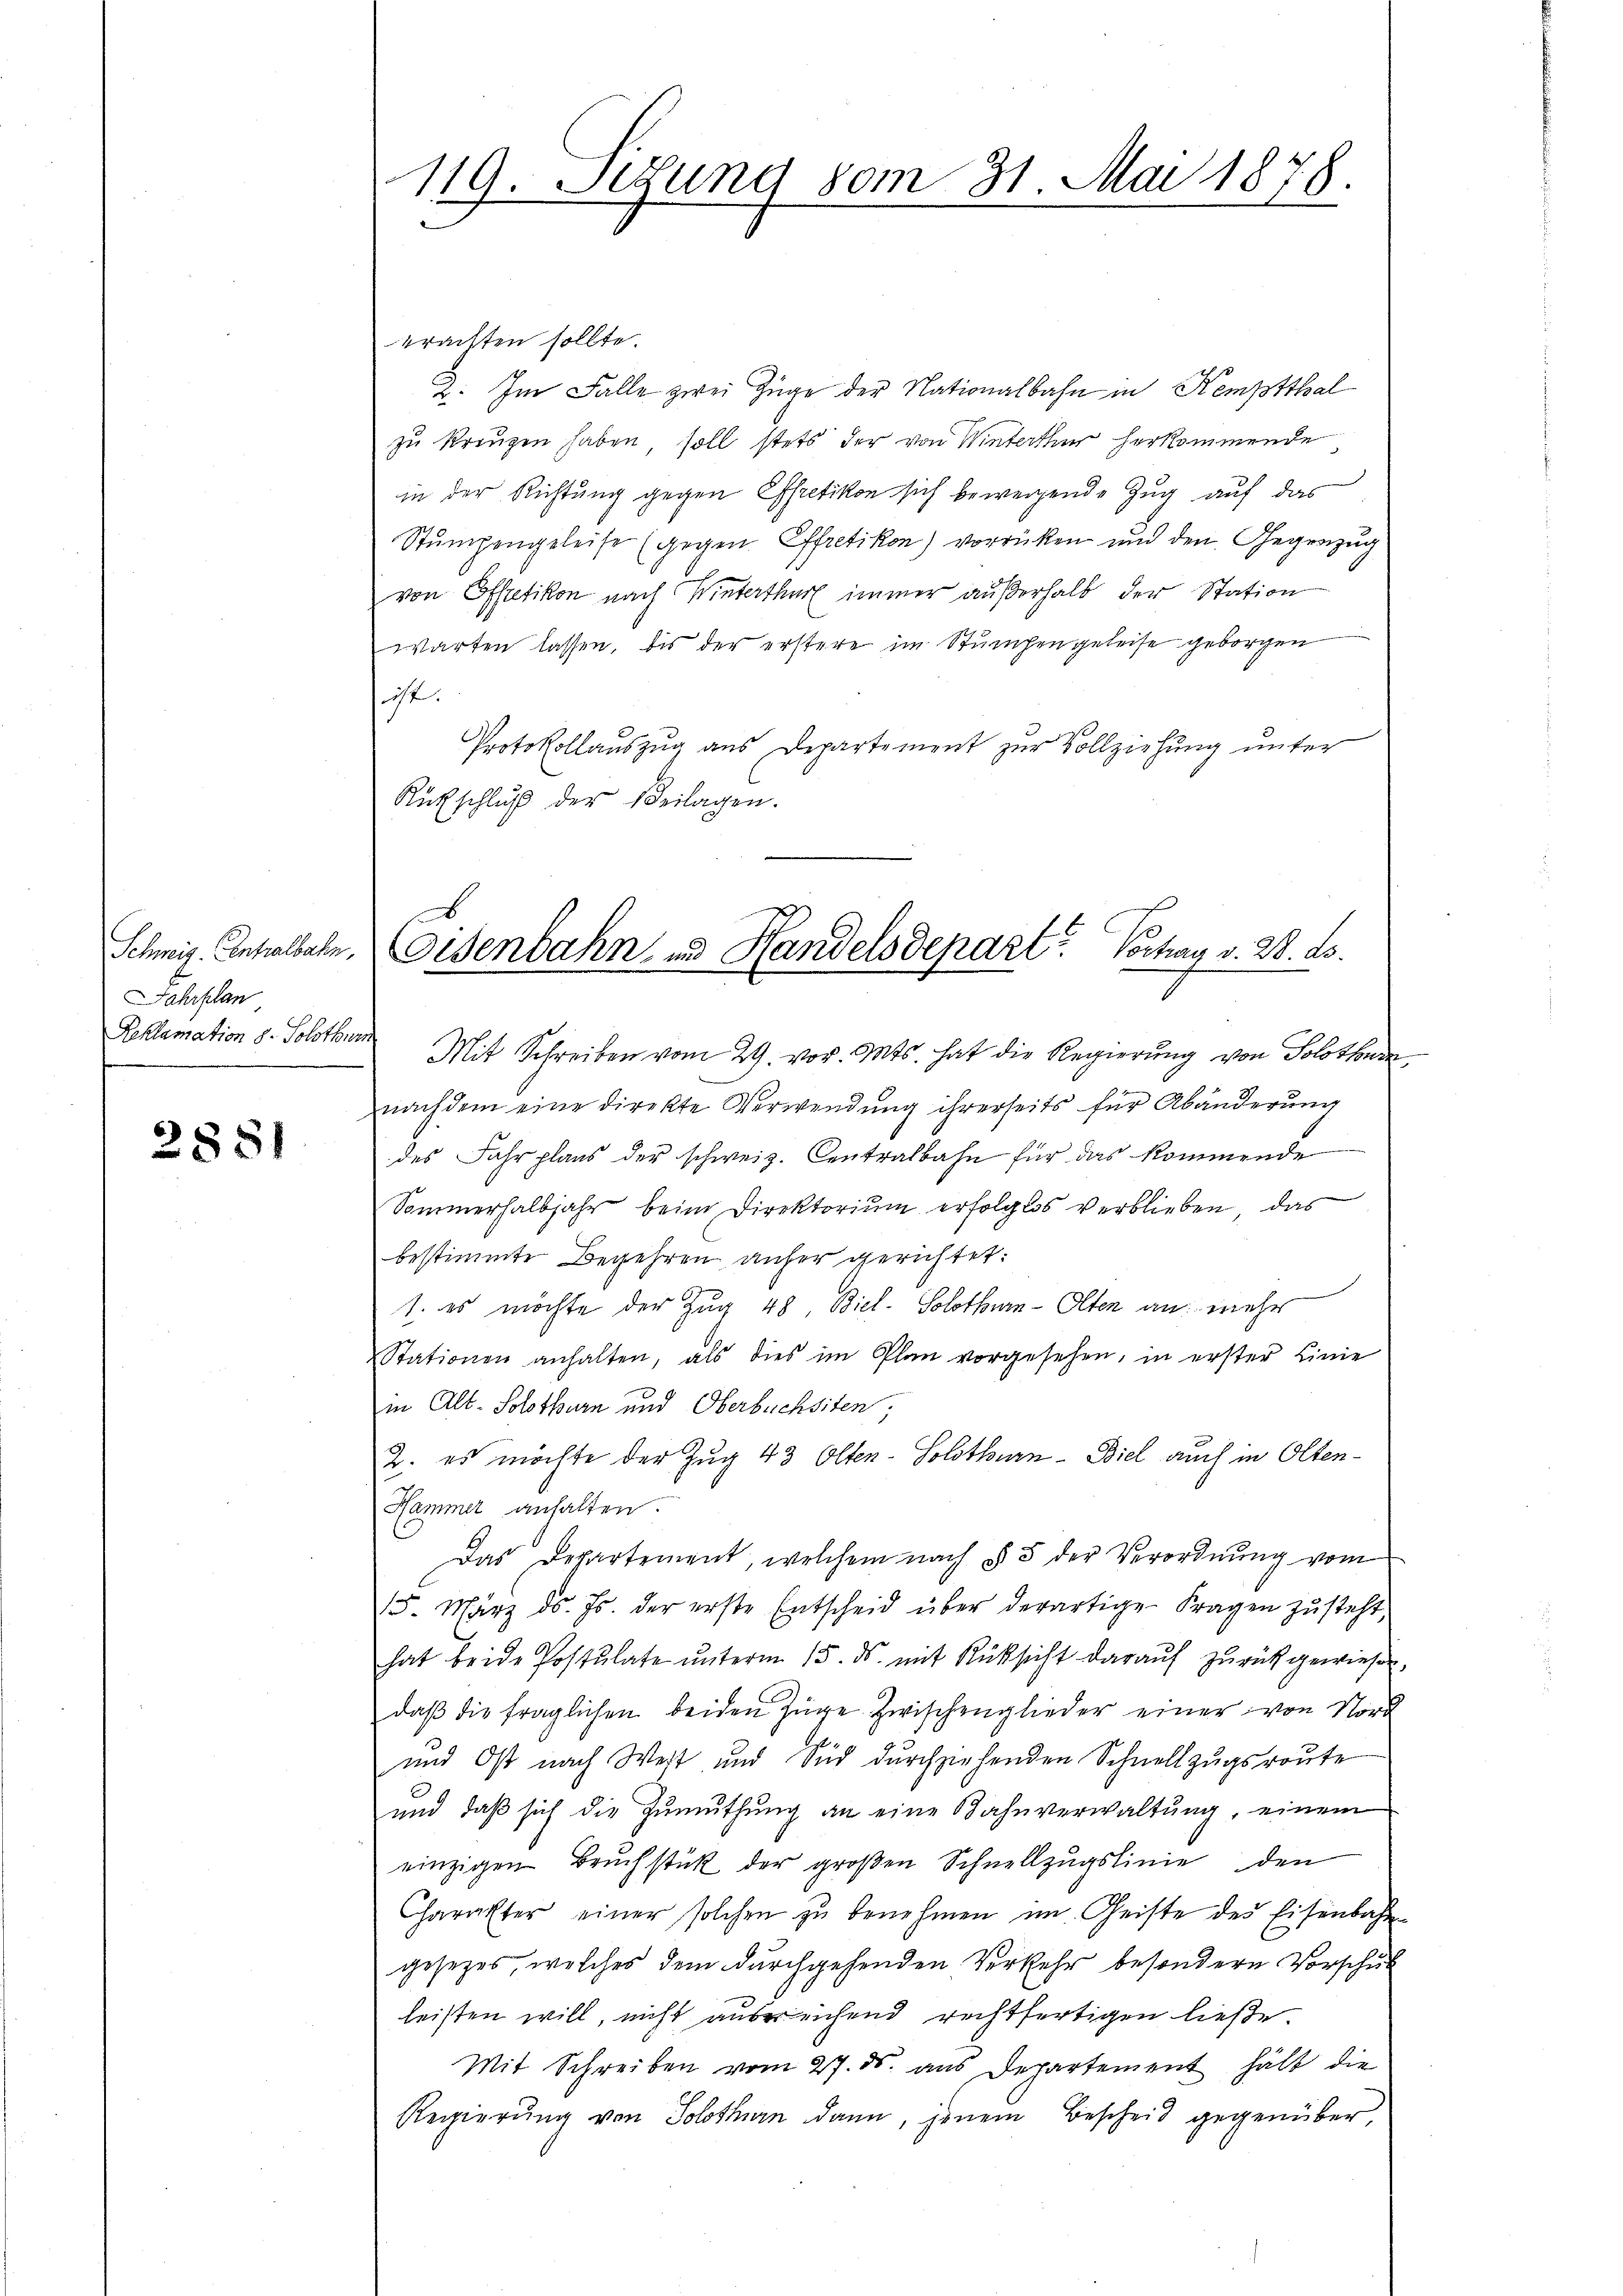
Schweiz. Centralbahn,
Jahrplan
Reklamation d. Solothu

2881

119. Setzung vom 31. Mai 1878.

Eisenbahn und Handelsdepart? Vochau v. 28. ds.

erachten sollte.
2. Im Falle zwei Züge der Nationalbahn in Kemptthal
zu kreuzen haben soll stets der von Winterthur herkommende
in der Richtung gegen Effretikon sich bewegende Zug auf das
Stumpengeleise (gegen Effretikon) vorrücken und den Gegenzug
von Effretikon nach Winterthur immer außerhalb der Station
warten lassen, bis der erstere im Stumpengeleise geborgen
ist.
Protokollauszug aus Departement zur Vollziehung unter
Rütschluß der Beilagen.

Mit Schreiben vom 29. vor. Mts. hat die Regierung von Solothurn,
nachdem eine direkte Verwendung ihrerseits für Abänderung
des Fahrplans der schweiz. Centralbahn für das kommende
Sommerhalbjahr beim Direktorium erfolglos verblieben, das
bestimmte Begehren anfer gerichtet:
1. es möchte der Zug 48, Biel. Solothurn-Olten an mehr
tationen anhalten, als dies im Plan vorgesehen, in erster Linie
in Alt-Solothurn und Oberbüchsiten;
2. es möchte der Zug 43 Olten-Solothurn - Biel auch in Olten¬
Hammer anhalten.
Das Departement, welchem nach § 5 der Verordnung vom
15. März d. Js. der erste Entscheid über derartige Fragen zŭsteht,
hat beide Postulate ŭnterm 15. ds. mit Rüksicht daraŭf zŭrückgewiesen
daβ die fraglichen beiden Züge zwischenglieder einer von Nord
und Ost nach Weit und Sid durchziehenden Schnellzugsroute
ŭnd daβ sich die Zŭmŭthŭng an eine Bahnverwaltŭng, einem
einzigen Bruchstück der großen Schnellzŭgslinie den
Charakter einer solchen zu benehmen im Geiste des Eisenbahn
gesetzes, welches dem durchgehenden Verkehr besondern Vorschul
leisten will, nicht ausreichend rechtfertigen ließe.
Mit Schreiben vom 27. ds. aus Departement hält die
Regierŭng von Solothurn dann, jenem Bescheid gegenüber,